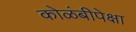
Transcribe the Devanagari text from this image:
कोळंबीपेक्षा